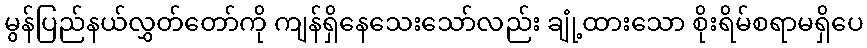
မွန်ပြည်နယ်လွှတ်တော်ကို ကျန်ရှိနေသေးသော်လည်း ချုံ့ထားသော စိုးရိမ်စရာမရှိပေ